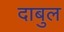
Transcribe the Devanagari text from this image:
दाबुल